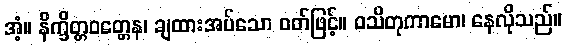
အံ့။ နိက္ခိတ္တဝတ္တေန၊ ချထားအပ်သော ဝတ်ဖြင့်။ ဝသိတုကာမော၊ နေလိုသည်။